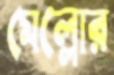
মেল্লোর